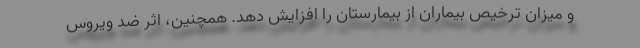
و میزان ترخیص بیماران از بیمارستان را افزایش دهد. همچنین، اثر ضد ویروس